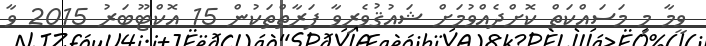
ވީމާ މި މަސައްކަތް ކޮށްދެއްވުމަށް ޝައުޤުވެރިވާ ފަރާތްތަކުން 15 އޮކްޓޫބަރު 2015 ވާ